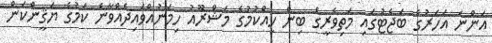
އަންނަ އަހަރުގެ ބަޖެޓުގައި މަތިވެރީގެ ބިން ހިއްކުމުގެ މަޝްރޫއު ހިމަނުއްވައިދެއްވާނެ ކަމުގެ ޔަޤީންކަން